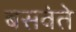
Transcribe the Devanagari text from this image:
बसवंते